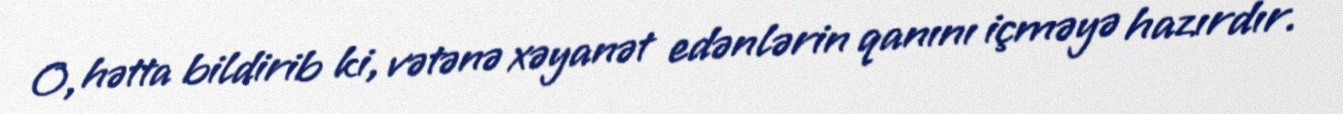
O, hətta bildirib ki, vətənə xəyanət edənlərin qanını içməyə hazırdır.